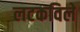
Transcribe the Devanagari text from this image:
लटकविले